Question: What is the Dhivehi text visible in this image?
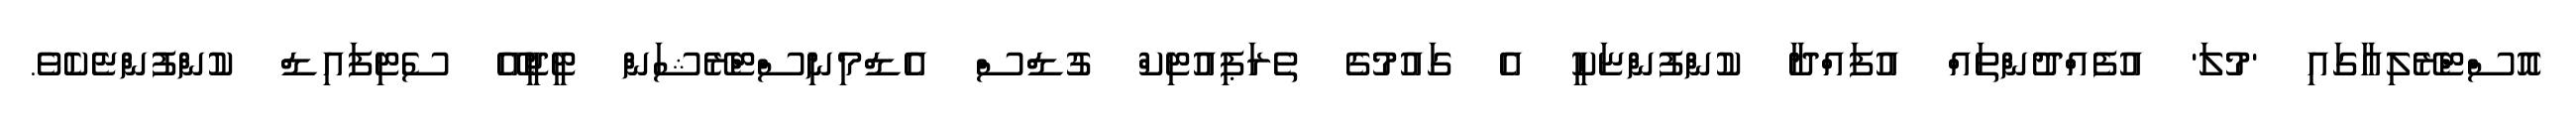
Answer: އޮސްޓްރޭލިއާގައި 'މުލަ' އުފެއްދުންތައް އުފައްދާ ކުންފުންޏަކީ އެ ގައުމުގެ ތެރަޕިއުޓިކް ގުޑްސް އެޑްމިނިސްޓްރޭޝަން ޓީޖީއޭ ސެޓިފައިޑް ކުންފުންޏެކެވެ.